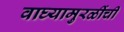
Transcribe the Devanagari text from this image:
वाघ्यामुरळींची